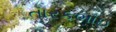
તારકભાઇ